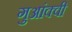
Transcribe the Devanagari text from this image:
गुआंक्वी